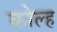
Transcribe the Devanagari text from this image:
कोल्ह